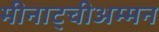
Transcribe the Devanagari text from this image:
मीनाट्चीअम्मन